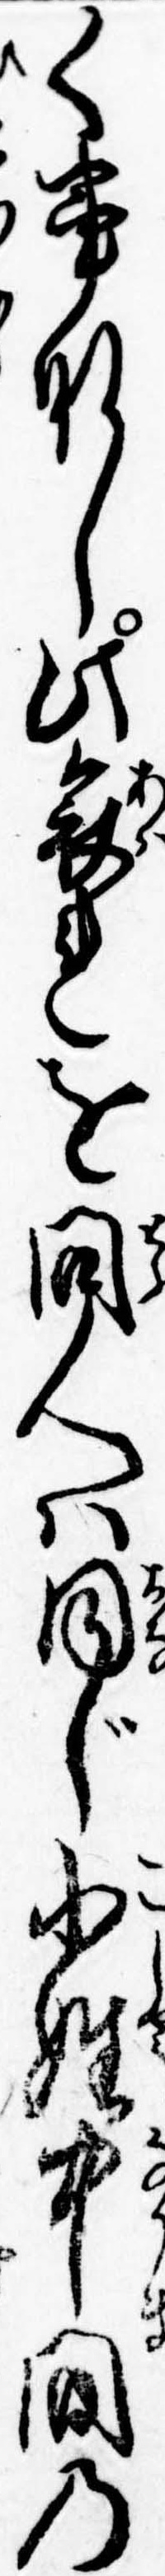
く事なし此哀れを問人は同じ小姓中間の